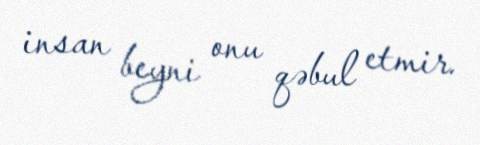
insan beyni onu qəbul etmir.